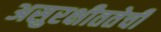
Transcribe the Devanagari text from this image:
असुरक्षीततेची